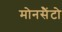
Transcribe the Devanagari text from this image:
मोनसैंटो